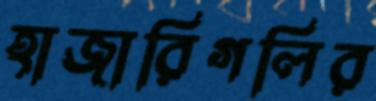
হাজারিগলির